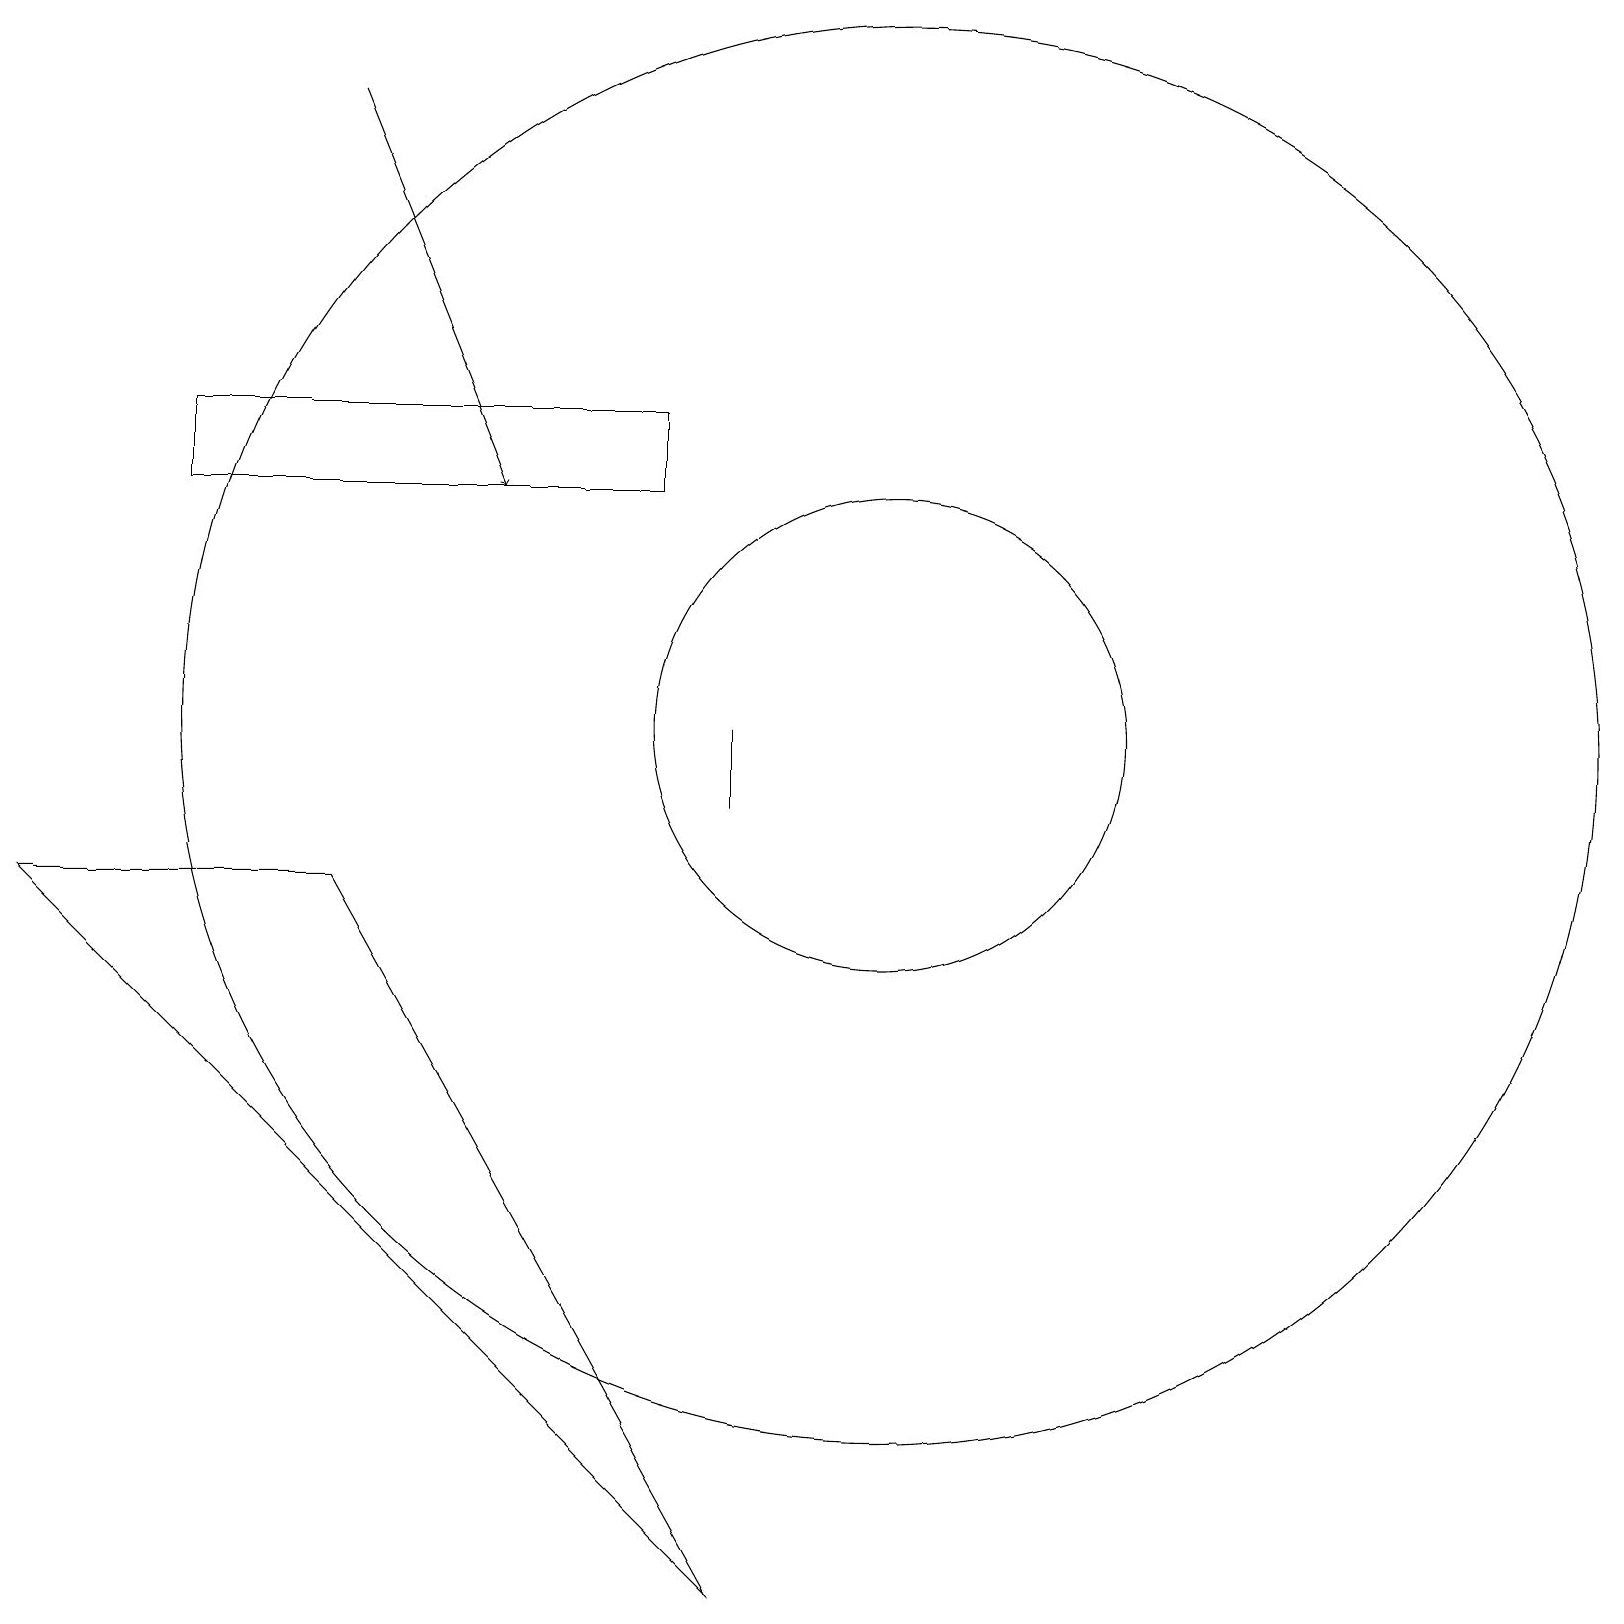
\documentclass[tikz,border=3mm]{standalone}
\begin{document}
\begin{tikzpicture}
\draw (11,11) circle (9);
\draw (2,15) rectangle (8,14);
\draw (9,10) rectangle (9,11);
\draw[->] (4,19) -- (6,14);
\draw (11,11) circle (3);
\draw (4,9) -- (9,0) -- (0,9) -- cycle;
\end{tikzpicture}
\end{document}